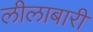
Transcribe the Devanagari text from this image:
लीलाबारी